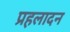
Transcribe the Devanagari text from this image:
प्रहलादन